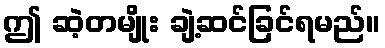
ဤ ဆဲ့တမျိုး ချဲ့ဆင်ခြင်ရမည်။